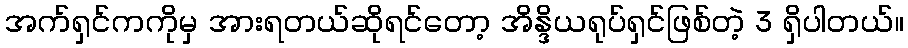
အက်ရှင်ကကိုမှ အားရတယ်ဆိုရင်တော့ အိန္ဒိယရုပ်ရှင်ဖြစ်တဲ့ 3 ရှိပါတယ်။